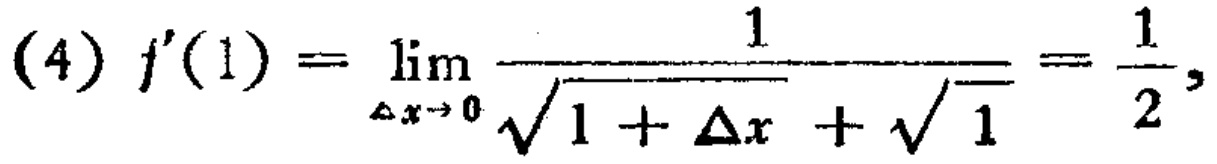
(4) \(f^{\prime}(1)=\lim_{\Delta x \to 0} \frac{1}{\sqrt{1 + \Delta x}+\sqrt{1}}=\frac{1}{2}\)